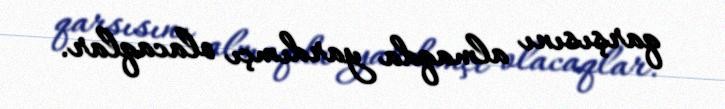
qarşısını almaqda yardımçı olacaqlar.